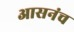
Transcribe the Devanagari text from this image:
आसनंच